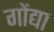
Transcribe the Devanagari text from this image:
गोंद्या